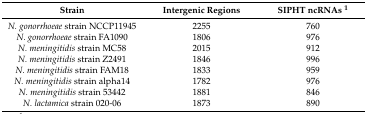
| Strain | Intergenic Regions | SIPHT ncRNAs 1 |
 | --- | --- | --- |
 | N. gonorrhoeae strain NCCP11945 | 2255 | 760 |
 | N. gonorrhoeae strain FA1090 | 1806 | 976 |
 | N. meningitidis strain MC58 | 2015 | 912 |
 | N. meningitidis strain Z2491 | 1846 | 996 |
 | N. meningitidis strain FAM18 | 1833 | 959 |
 | N. meningitidis strain alpha14 | 1782 | 976 |
 | N. meningitidis strain 53442 | 1881 | 846 |
 | N. lactamica strain 020-06 | 1873 | 890 |